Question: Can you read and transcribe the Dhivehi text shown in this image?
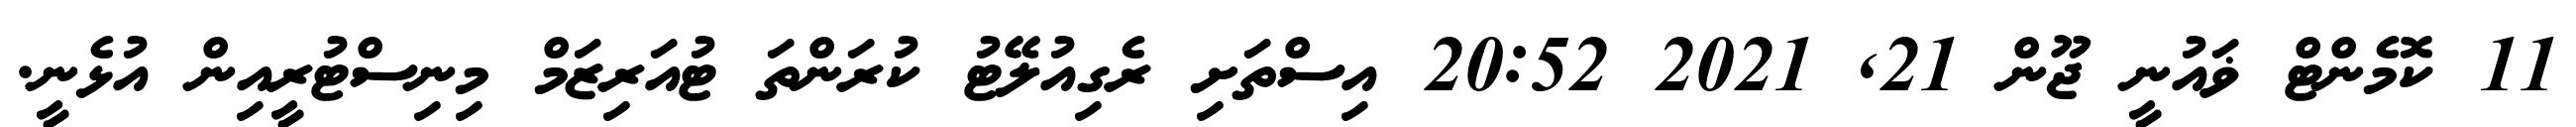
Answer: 11 ކޮމެންޓް ޥައުނީ ޖޫން 21, 2021 20:52 އިސްތަށި ރެގިއުލޭޓު ކުރަންތަ ޓުއަރިޒަމް މިނިސްޓުރީއިން އުޅެނީ.